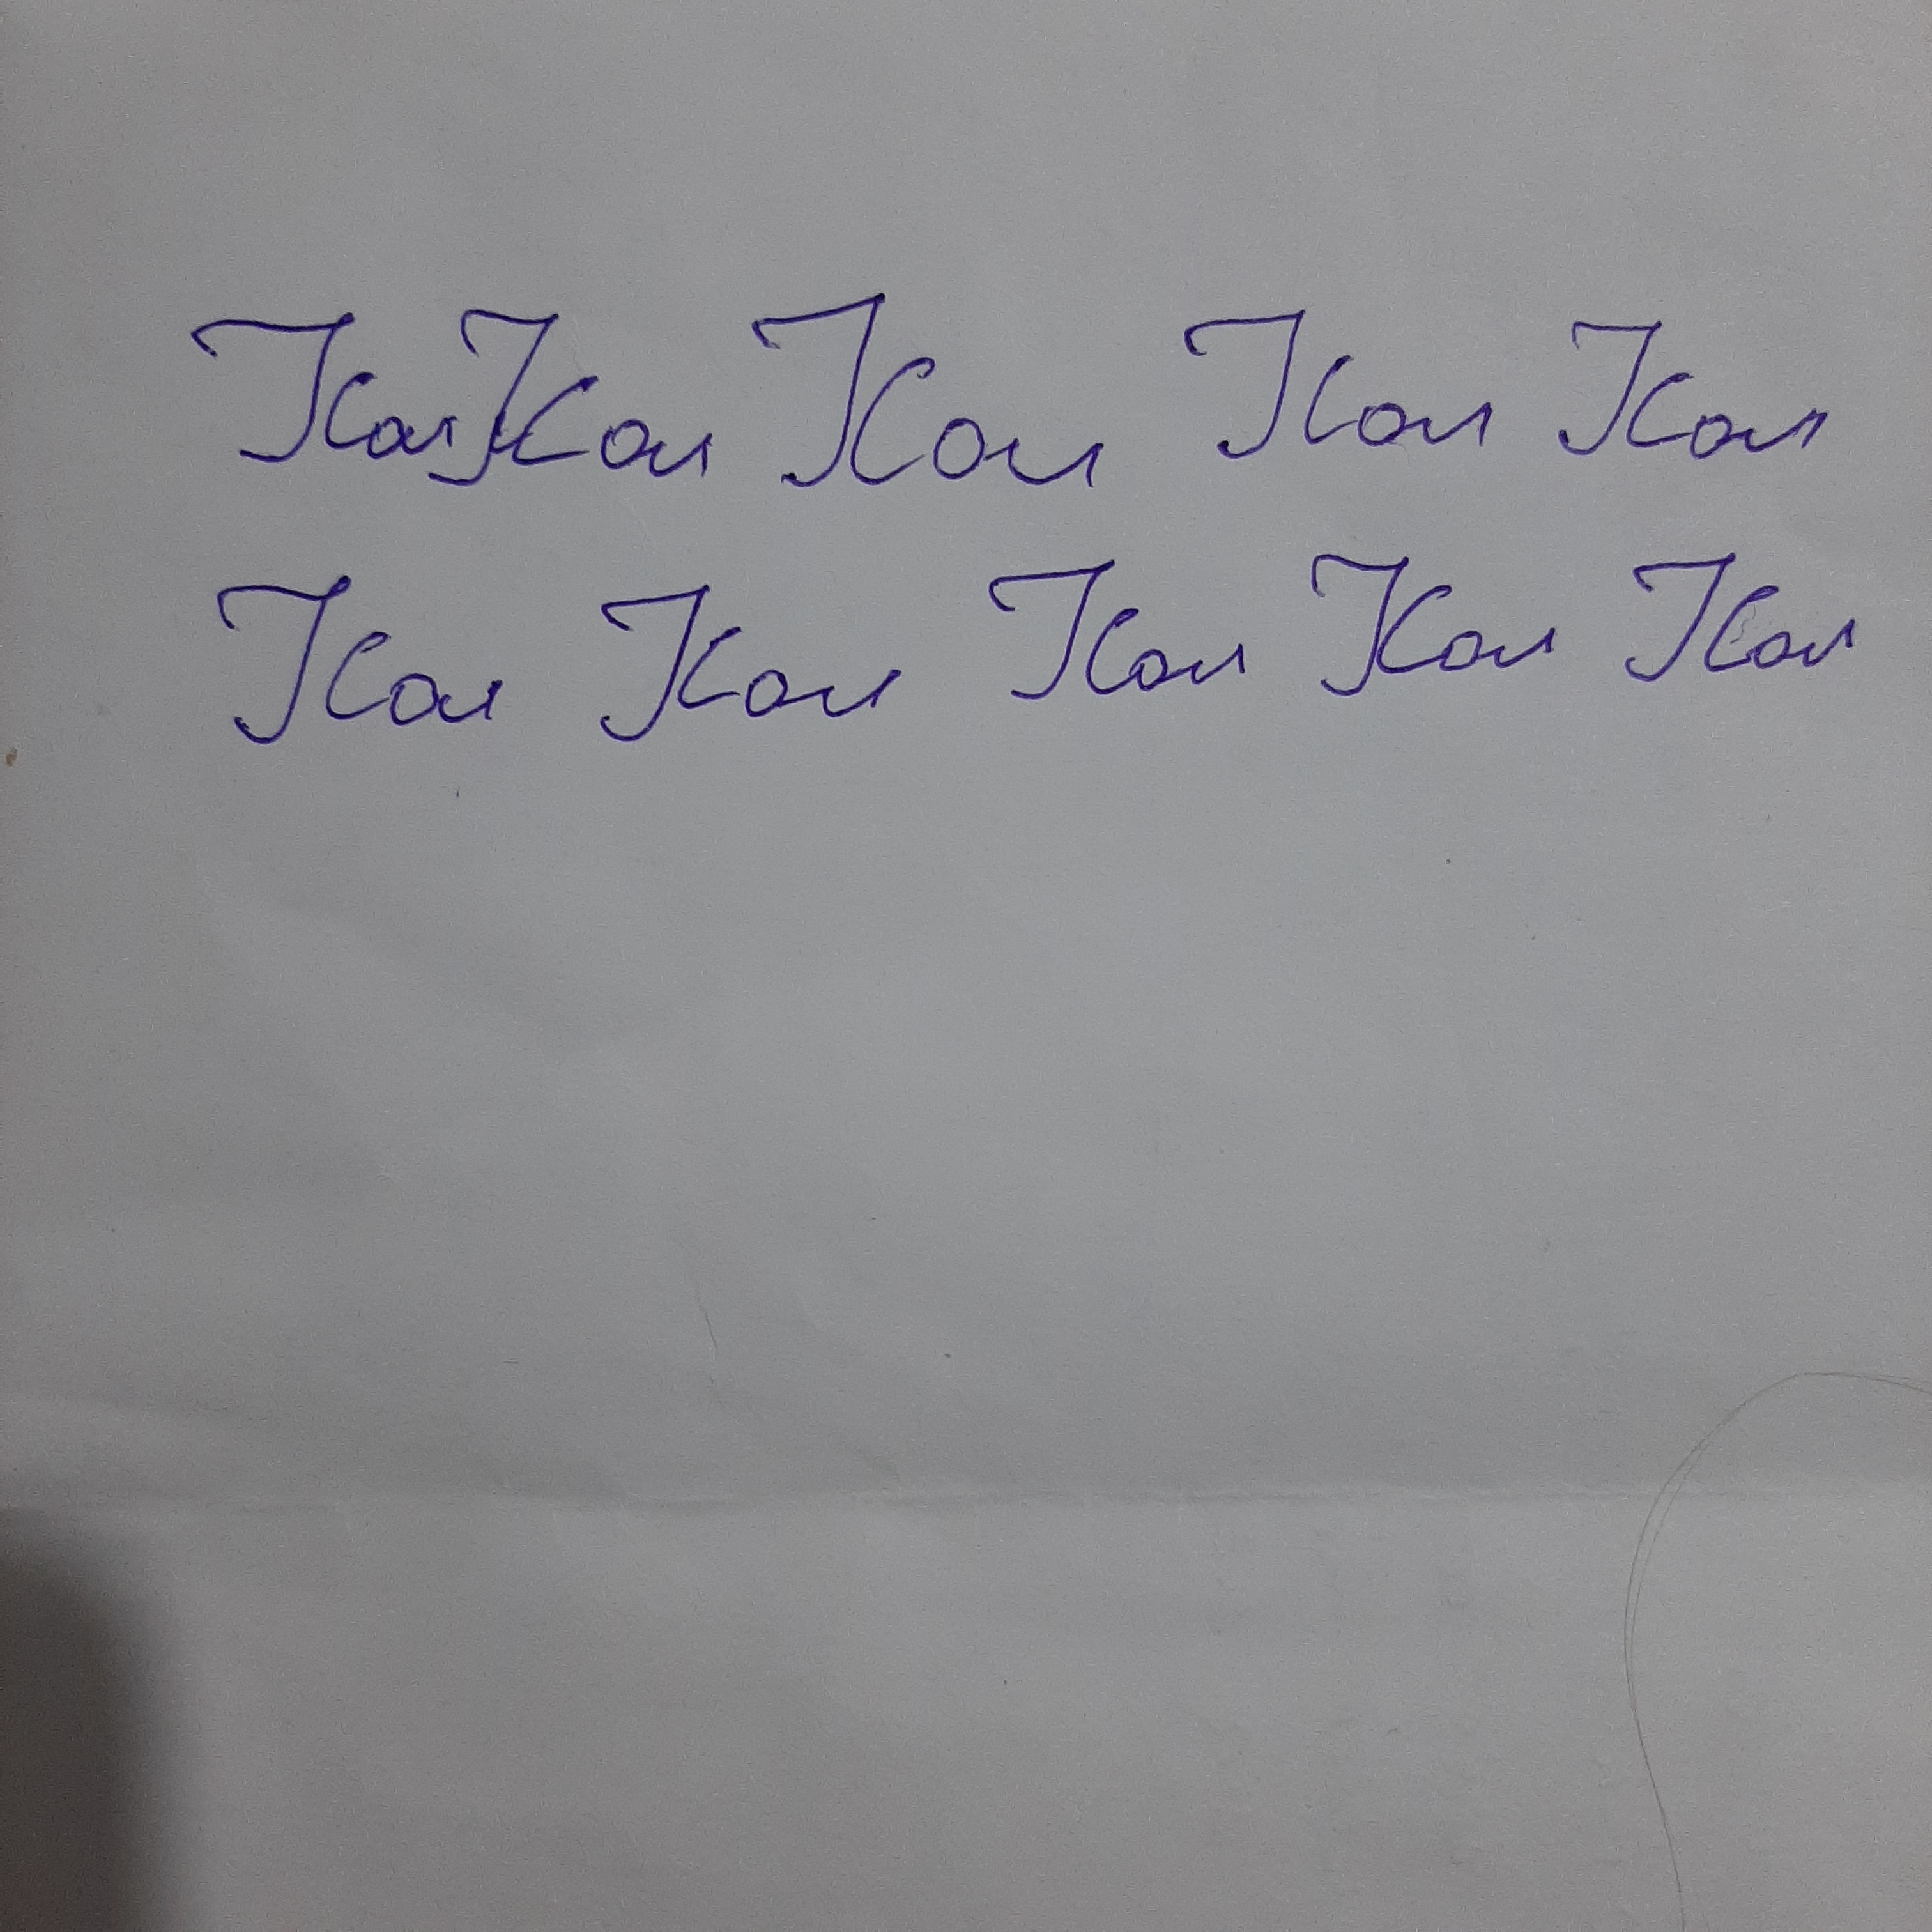
Signature authenticity: forged